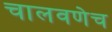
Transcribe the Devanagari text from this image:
चालवणेच